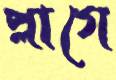
প্লাগে